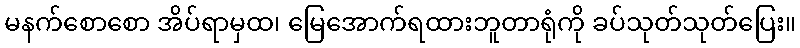
မနက်စောစော အိပ်ရာမှထ၊ မြေအောက်ရထားဘူတာရုံကို ခပ်သုတ်သုတ်ပြေး။